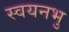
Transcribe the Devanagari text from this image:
स्वयनभु